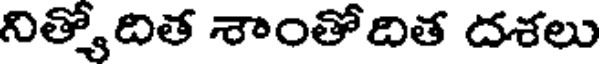
నిత్యోదిత శాంతోదిత దశలు